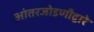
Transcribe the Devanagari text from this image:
आंतरजोडणीद्वारे